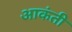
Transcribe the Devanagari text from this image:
आकंती